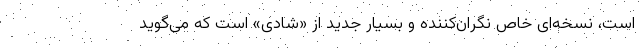
است، نسخه‌ای خاص نگران‌کننده و بسیار جدید از «شادی» است که می‌گوید